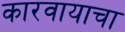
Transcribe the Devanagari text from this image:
कारवायाचा